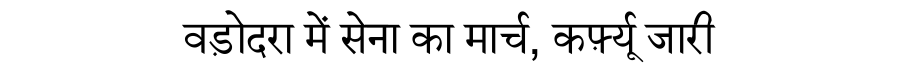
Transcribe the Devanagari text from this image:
वड़ोदरा में सेना का मार्च, कर्फ़्यू जारी